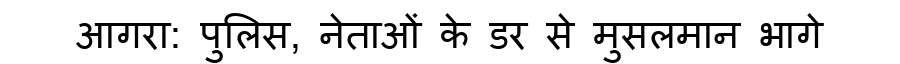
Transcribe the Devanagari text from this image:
आगरा: पुलिस, नेताओं के डर से मुसलमान भागे